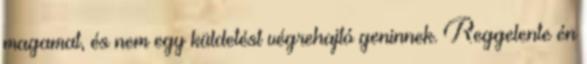
magamat, és nem egy küldetést végrehajtó geninnek. Reggelente én